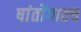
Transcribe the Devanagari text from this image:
षांतोंगातच